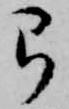
弓